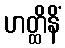
ဟတ္ထိနိံ